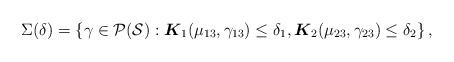
LaTeX: \begin{align*} \Sigma(\delta) = \left\{\gamma \in \mathcal{P}(\mathcal{S}) : \boldsymbol{K}_1(\mu_{13}, \gamma_{13}) \le \delta_1, \boldsymbol{K}_2(\mu_{23}, \gamma_{23}) \le \delta_2 \right\},\end{align*}